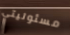
مسئوليتي